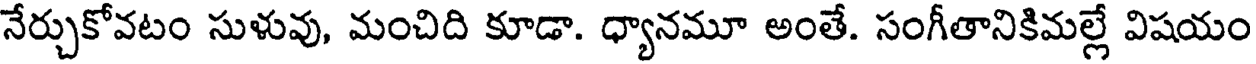
నేర్చుకోవటం సుళువు, మంచిది కూడా. ధ్యానమూ అంతే. సంగీతానికిమల్లే విషయం